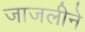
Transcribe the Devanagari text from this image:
जाजलीने